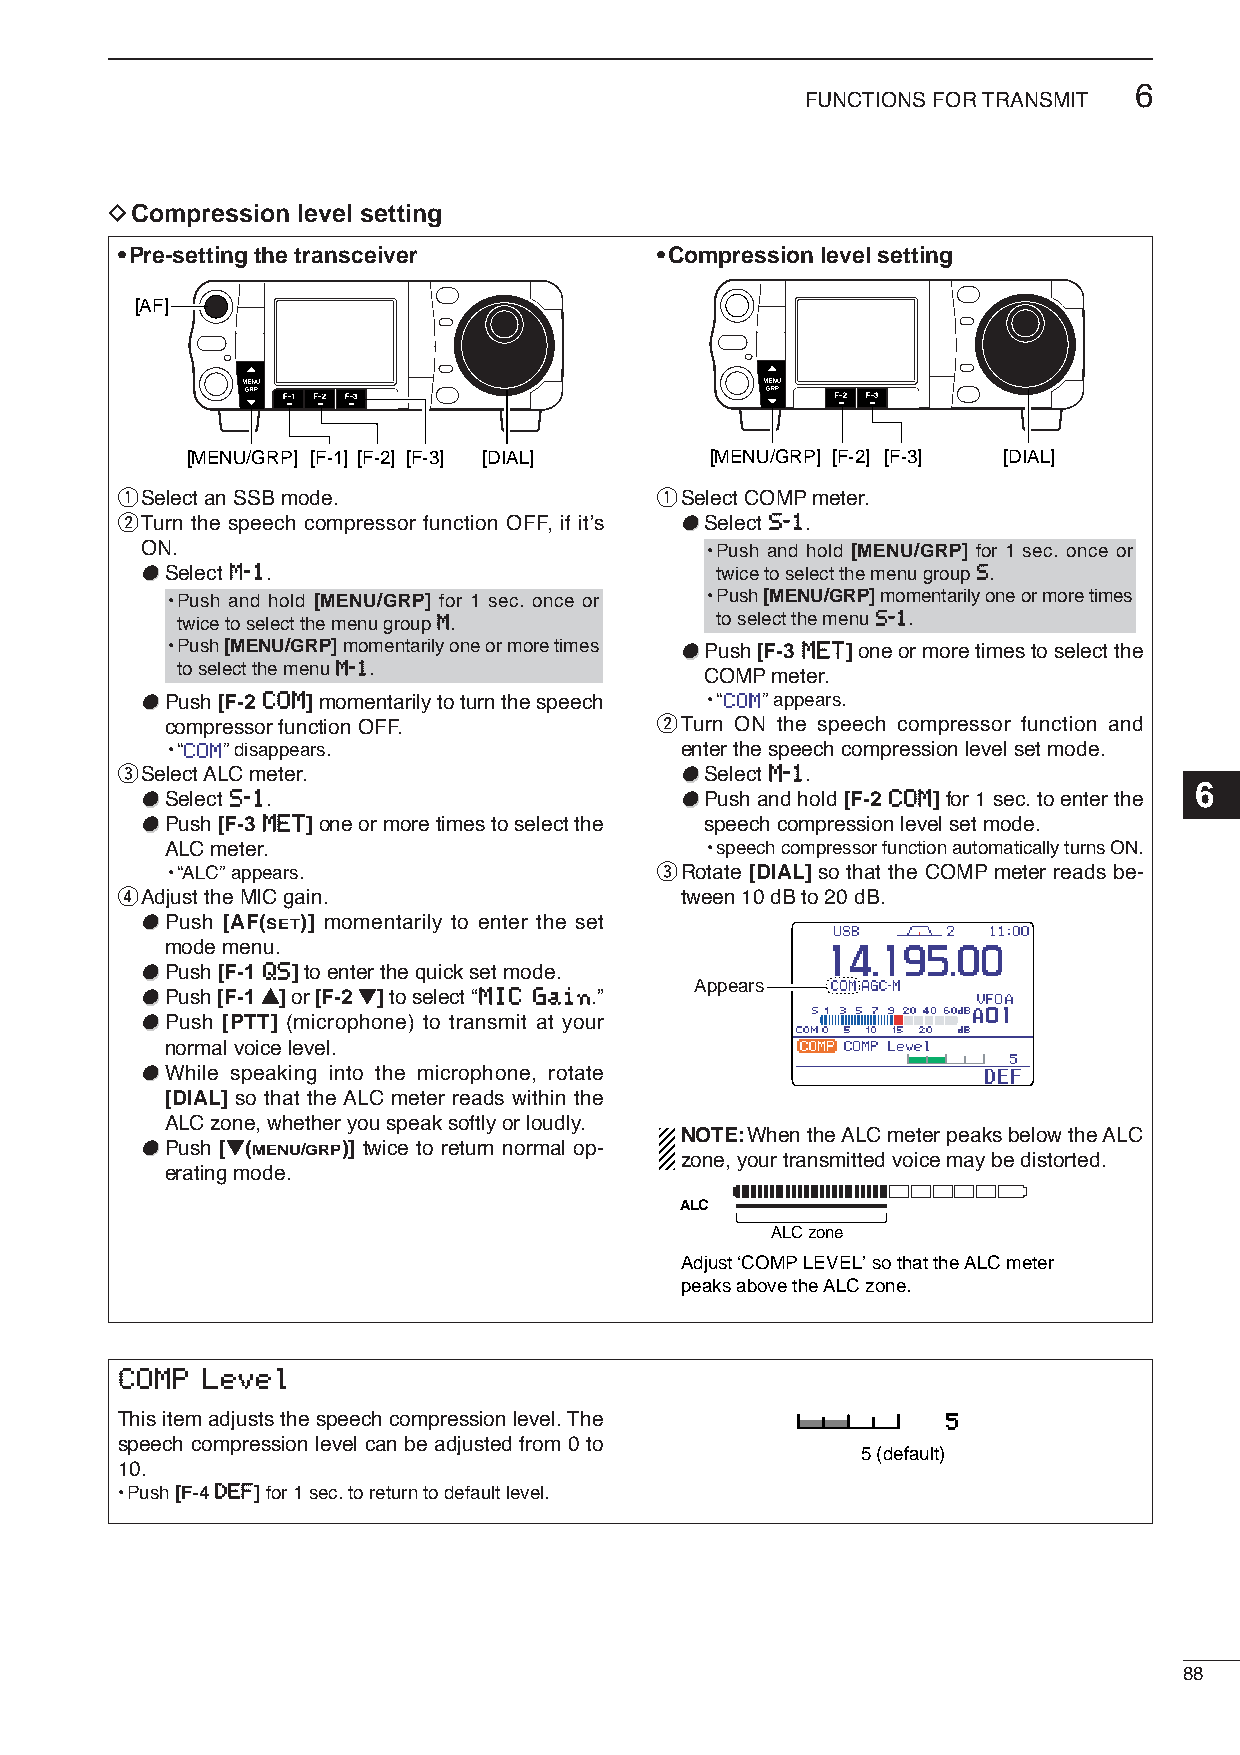
6
 FUNCTIONS FOR TRANSMIT
 DCompression level setting
 •Pre-setting the transceiver       •Compression level setting
 [AF]
 [MENU/GRP] [F-1] [F-2] [F-3] [DIAL] [MENU/GRP] [F-2] [F-3] [DIAL]
 qSelect an SSB mode.               qSelect COMPmeter.
 wTurn the speech compressor function OFF, if it’s ●●Select SS--11.
 ON.                                   •Push and hold [MENU/GRP] for 1 sec. once or
 ●●Select MM--11.                      twice to select the menu group SS.
 •Push and hold [MENU/GRP] for 1 sec. once or •Push [MENU/GRP]momentarily one or more times
 twice to select the menu group MM. to select the menu SS--11.
 •Push [MENU/GRP]momentarily one or more times ●●Push [F-3 MMEETT]one or more times to select the
 to select the menu MM--11.
 COMPmeter.
 ●●Push [F-2 CCOOMM]momentarily to turn the speech •“ ” appears.
 compressor function OFF.        wTurn ON the speech compressor function and
 •“  ” disappears.                 enter the speech compression level set mode.
 eSelect ALC meter.                   ●●Select MM--11.
 ●●Select SS--11.                    ●●Push and hold [F-2 CCOOMM]for 1 sec. to enter the 6
 ●●Push [F-3 MMEETT]one or more times to select the speech compression level set mode.
 ALC meter.                          •speech compressor function automatically turns ON.
 •“ALC” appears.                 eRotate [DIAL] so that the COMP meter reads be-
 rAdjust the MIC gain.                tween 10 dB to 20 dB.
 ●●Push [AF(SET)] momentarily to enter the set
 mode menu.
 ●●Push [F-1 QQSS]to enter the quick set mode.
 ●●Push [F-1 Y]or [F-2 Z]to select “MMIICC GGaaiinn.” Appears
 ●●Push [PTT] (microphone) to transmit at your
 normal voice level.
 ●●While speaking into the microphone, rotate
 [DIAL] so that the ALC meter reads within the
 ALCzone, whether you speak softly or loudly.
 NOTE:When the ALC meter peaks below the ALC
 ●●Push [Z(MENU/GRP)] twice to return normal op-
 zone, your transmitted voice may be distorted.
 erating mode.
 ALC
 ALC zone
 Adjust ‘COMP LEVEL’ so that the ALC meter
 peaks above the ALC zone.
 CCOOMMPP LLeevveell
 This item adjusts the speech compression level. The    5
 speech compression level can be adjusted from 0 to
 5 (default)
 10.
 •Push [F-4 DDEEFF]for 1sec. to return to default level.
 88